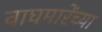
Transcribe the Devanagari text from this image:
वाघमारेंच्या